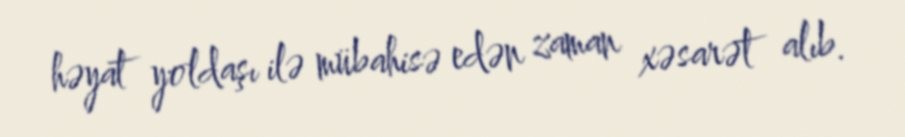
həyat yoldaşı ilə mübahisə edən zaman xəsarət alıb.